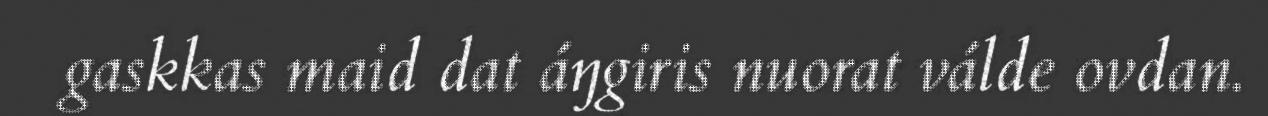
gaskkas maid dat áŋgiris nuorat válde ovdan.